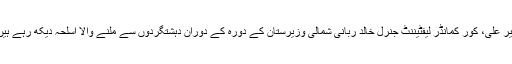
میر علی، کور کمانڈر لیفٹیننٹ جنرل خالد ربانی شمالی وزیرستان کے دورہ کے دوران دہشتگردوں سے ملنے والا اسلحہ دیکھ رہے ہیں۔